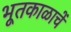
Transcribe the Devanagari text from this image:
भूतकाळाचें